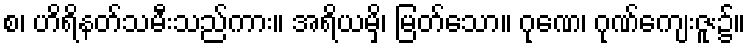
စ၊ ဟိရိနတ်သမီးသည်ကား။ အရိယမှိ၊ မြတ်သော။ ဂုဏေ၊ ဂုဏ်ကျေးဇူး၌။